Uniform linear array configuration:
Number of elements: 24
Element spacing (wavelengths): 0.75
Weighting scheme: blackman
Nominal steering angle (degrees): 30
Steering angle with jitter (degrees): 31.785
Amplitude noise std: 0.05
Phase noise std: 0.05

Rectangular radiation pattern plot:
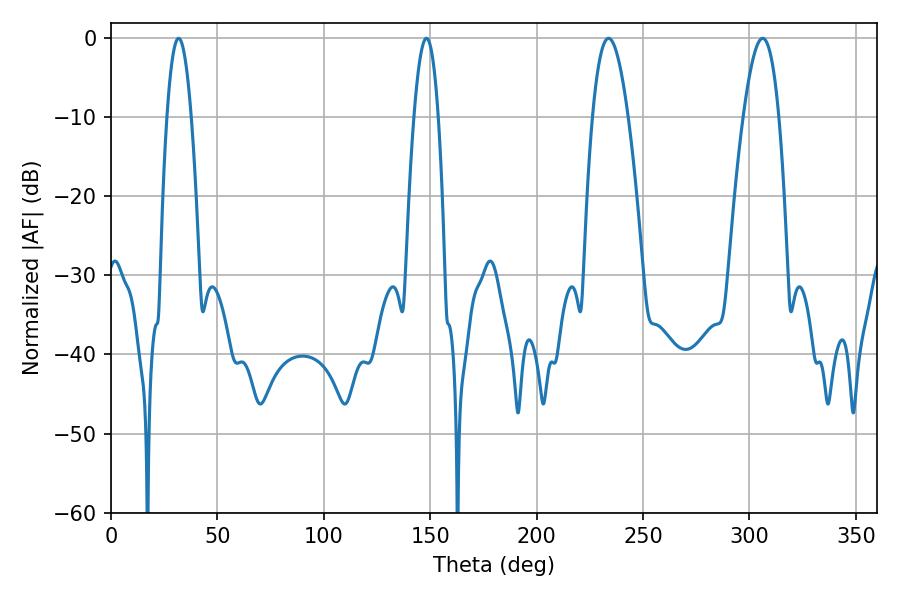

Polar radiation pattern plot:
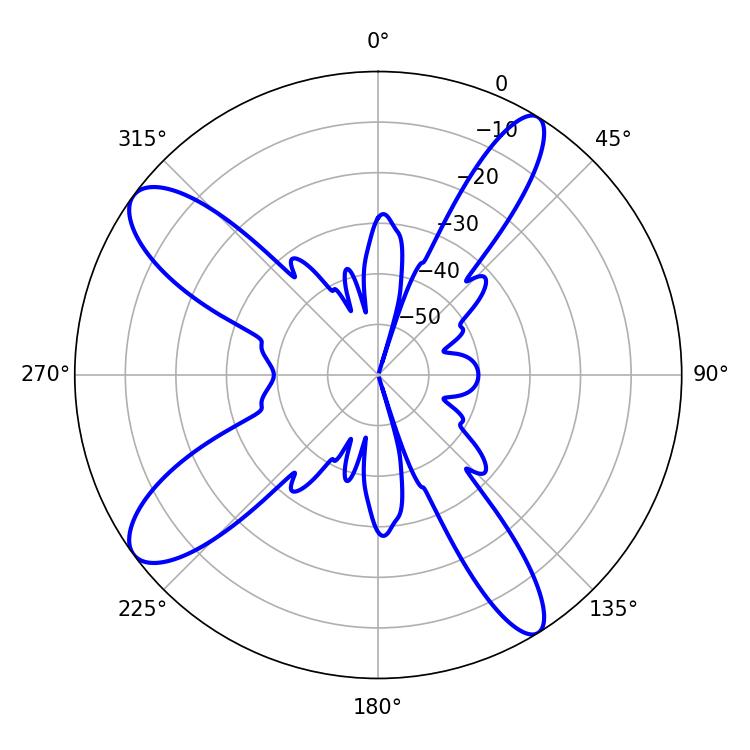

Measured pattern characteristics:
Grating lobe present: TRUE
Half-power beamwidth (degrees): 9.18
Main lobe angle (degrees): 233.82